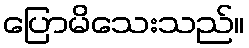
ပြောမိသေးသည်။